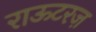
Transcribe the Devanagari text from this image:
राऊटरज़